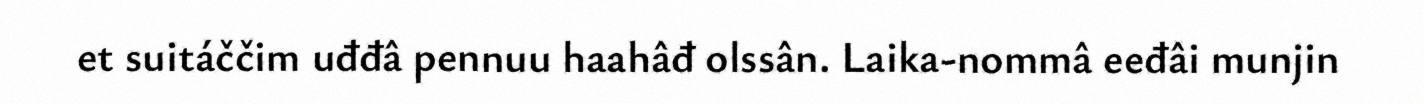
et suitáččim uđđâ pennuu haahâđ olssân. Laika-nommâ eeđâi munjin